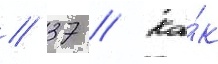
// 37 // Ка́к